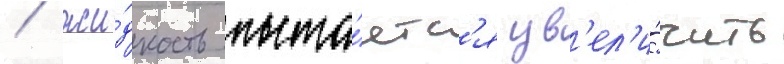
/ жи́дкость пыта́етс'я ув'ел'и́чить